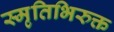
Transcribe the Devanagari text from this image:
स्मृतिभिरुक्त